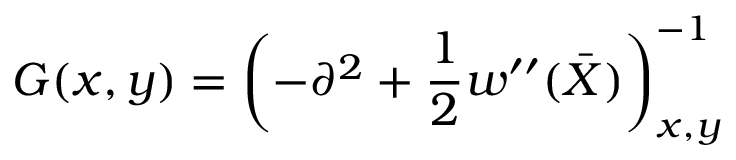
G ( x , y ) = \left( - \partial ^ { 2 } + \frac 1 2 w ^ { \prime \prime } ( \bar { X } ) \right) _ { x , y } ^ { - 1 }